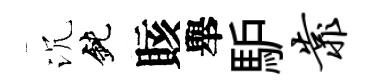
沉鈍賅舉馿靠